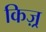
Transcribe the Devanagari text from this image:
किज़्र